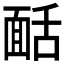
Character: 𩈙